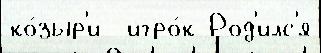
ко́зыр'и  игро́к Род'илс'я